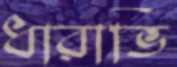
ধারাভি